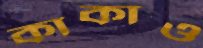
কাকাও